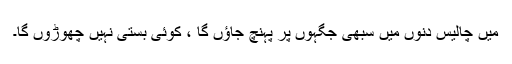
میں چالیس دنوں میں سبھی جگہوں پر پہنچ جاؤں گا ، کوئی بستی نہیں چھوڑوں گا۔